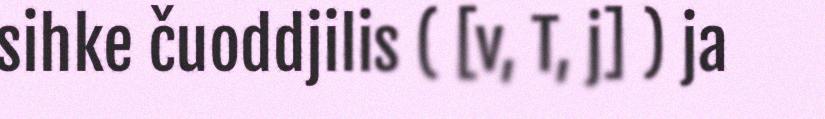
sihke čuoddjilis ( [v, T, j] ) ja